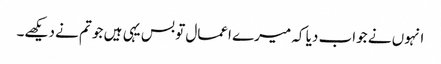
انہوں نے جواب دیا کہ میرے اعمال تو بس یہی ہیں جو تم نے دیکھے۔